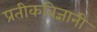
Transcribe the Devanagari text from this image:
प्रतीकविज्ञानी